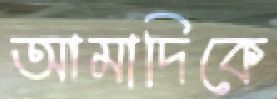
আমাদিকে